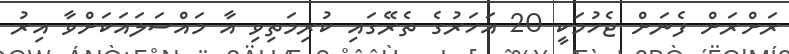
ރަށްރަށް ފެނަށް ޖެހުމަކީ 20 އަހަރުގެ ތެރޭގައި ކުރިމަތިވި އާ މައްސަލައަކަށްވާ އިރު